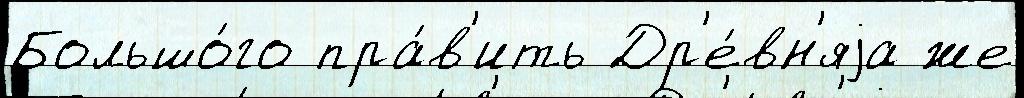
Большо́го пра́в'ить Др'е́вн'яjа же